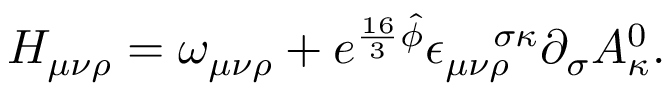
H _ { \mu \nu \rho } = \omega _ { \mu \nu \rho } + e ^ { \frac { 1 6 } { 3 } \hat { \phi } } \epsilon _ { \mu \nu \rho } ^ { \quad \sigma \kappa } \partial _ { \sigma } A _ { \kappa } ^ { 0 } .